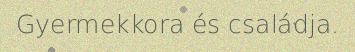
Gyermekkora és családja.